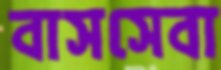
বাসসেবা